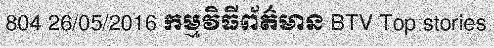
804 26/05/2016 កម្មវិធីព័ត៌មាន BTV Top stories